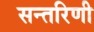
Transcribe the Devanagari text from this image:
सन्तरिणी